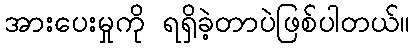
အားပေးမှုကို ရရှိခဲ့တာပဲဖြစ်ပါတယ်။